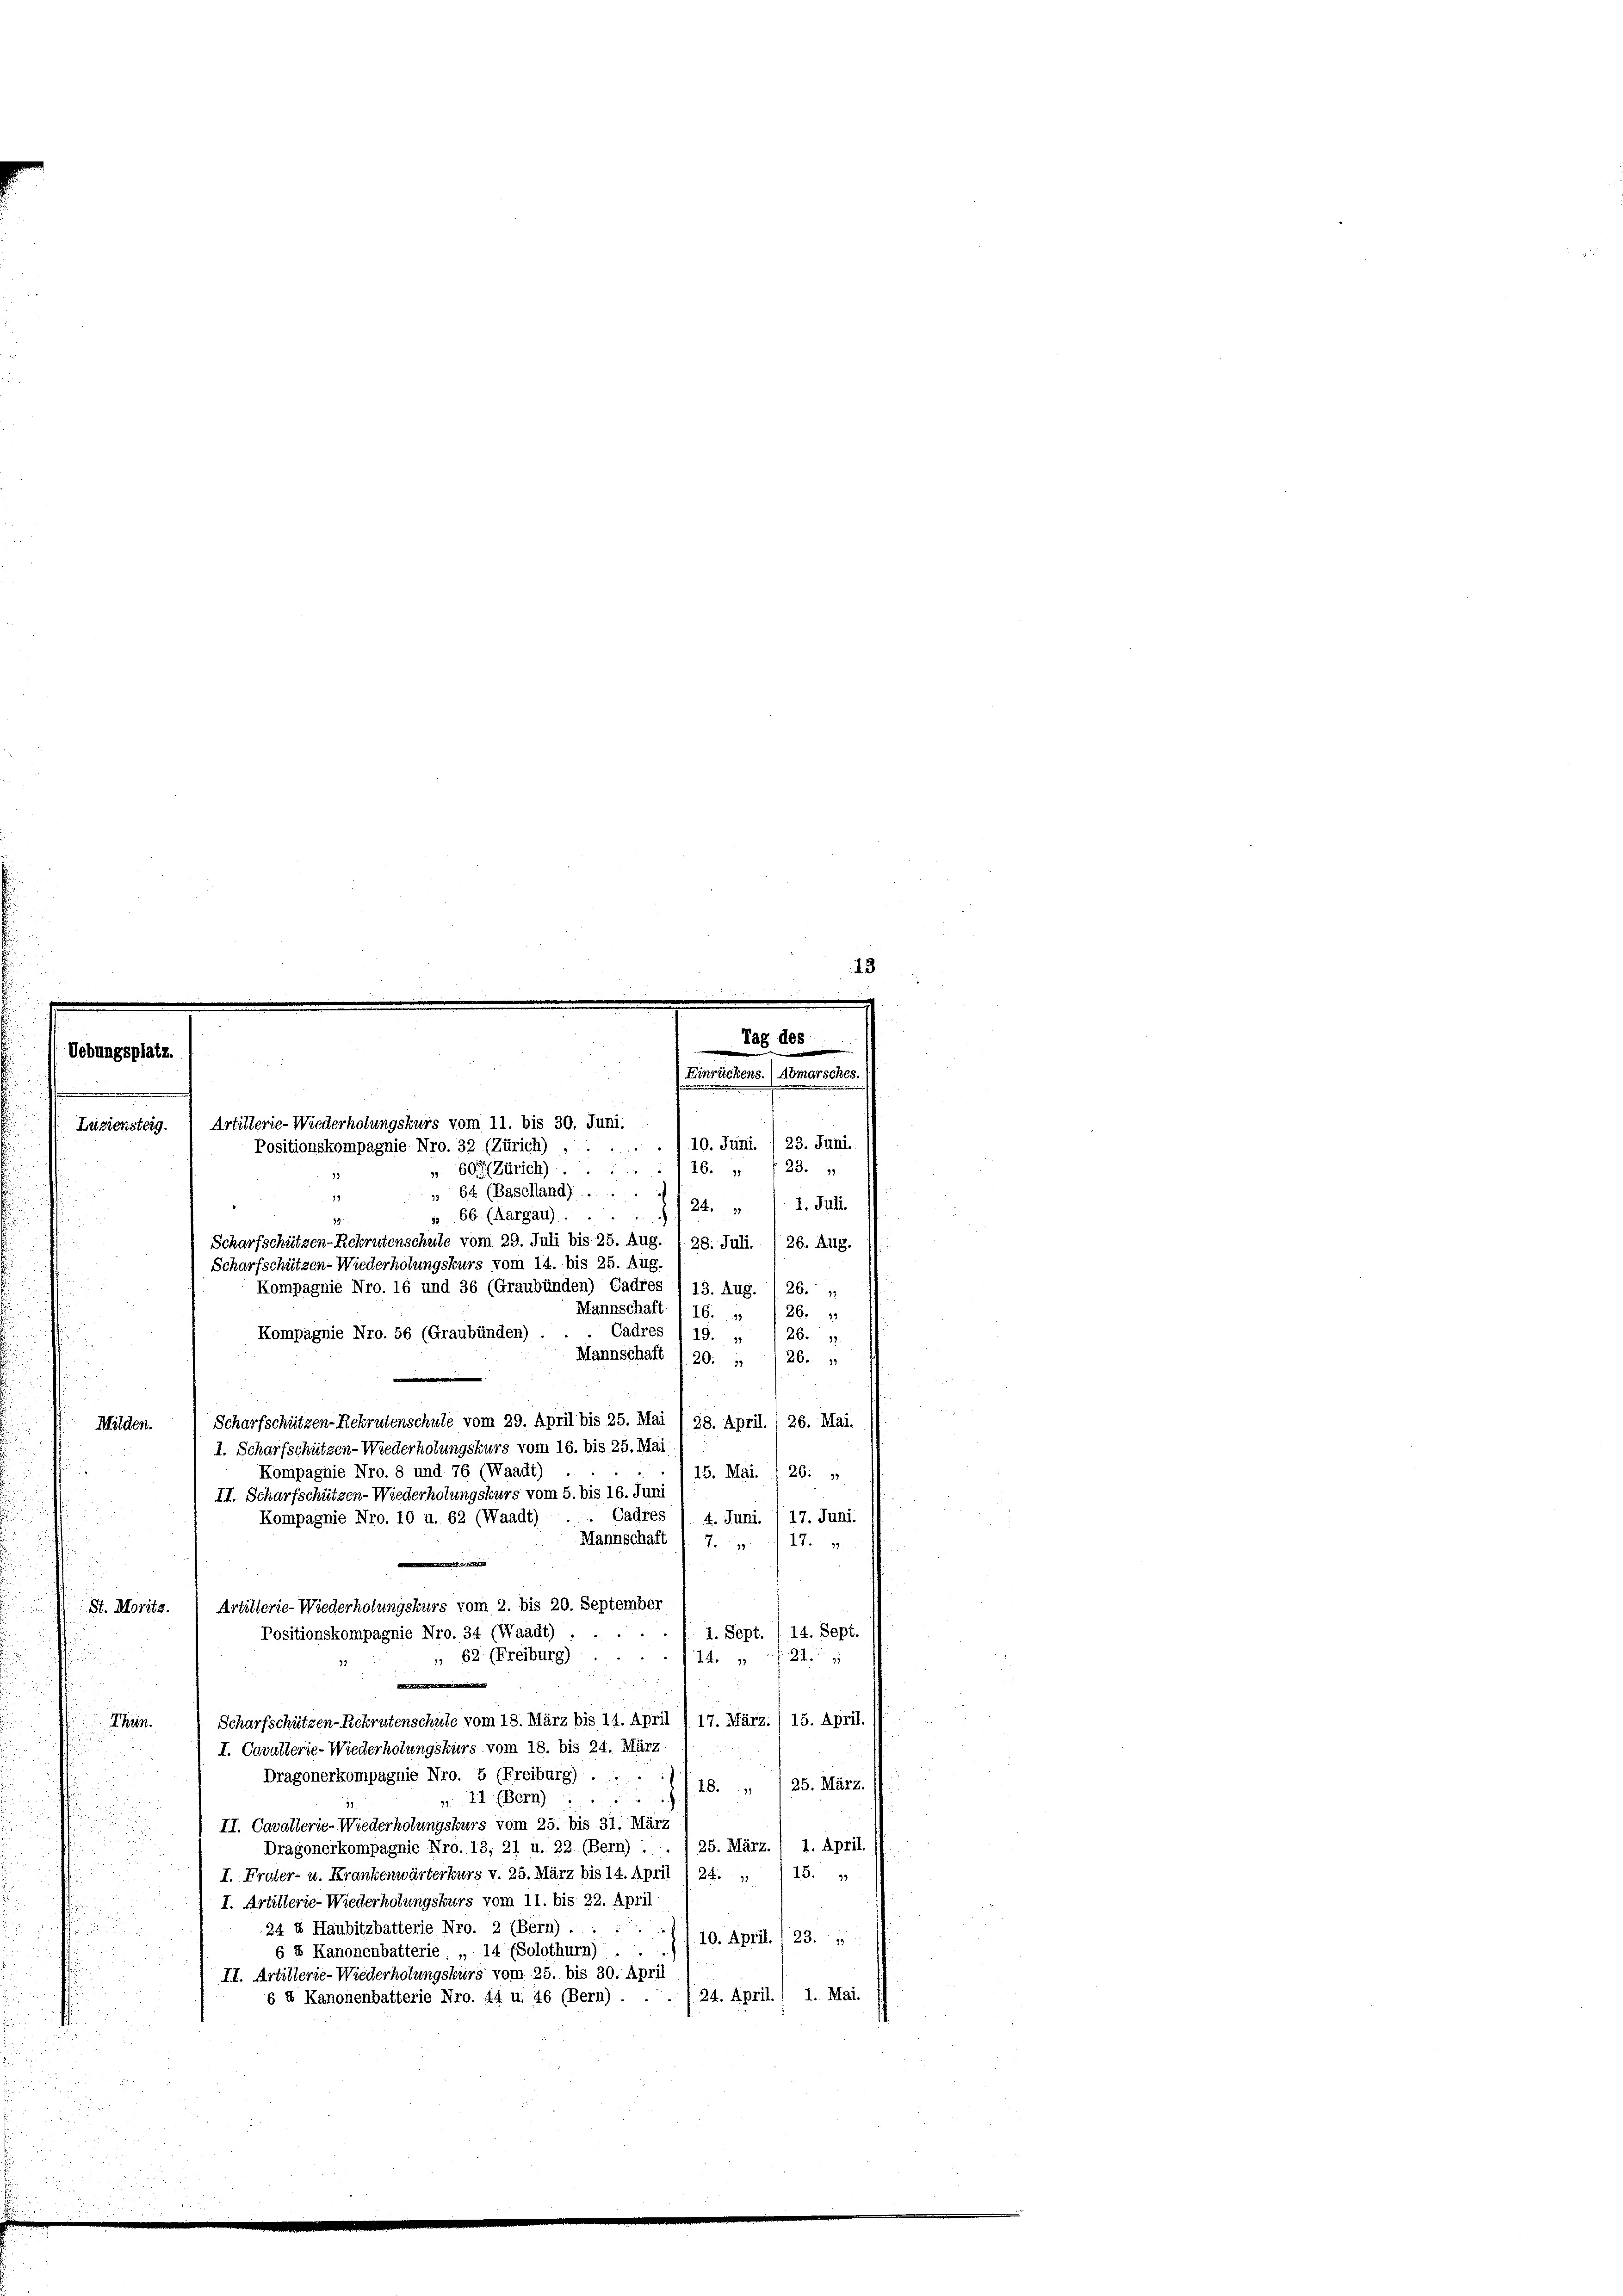
Milden.

Uebungsplatz.

.

10. Juni. /23. Juni.
(24. „  1. Juli.
Kompagnie Nro. 56 (Graubünden).
Cadres I 19. „ / 26. 1
Mannschaft I 20: „ / 26. „
Scharfschützen-Rekrutenschule vom 29. April bis 25. Mai ) 28. April. ) 26. Mai.
I. Scharfschützen-Wiederholungskurs vom 16. bis 25. Mai
Kompagnie Nro. 8 und 76 (Waadt)
15. Mai. 1 26. „
II. Scharfschützen-Wiederholungskurs vom 5. bis 16. Juni
Cadres
4. Juni. 17. Juni.
Kompagnie Nro. 10 u. 62 (Waadt)
Mannschaft
17.
74

Artillerie-Wiederholungskurs vom 2. bis 20. September
St. Moritz.
14. Sept.
Positionskompagnie Nro. 34 (Waadt) ....
1. Sept.
 62 (Freiburg) ...
24
14. 1
Scharfschützen-Rekrutenschule vom 18. März bis 14. April 1 17. März.) 15. April.
Then.
I. Cavallerie-Wiederholungskurs vom 18. bis 24. März
.
Dragonerkompagnie Nro. 5 (Freiburg) . . . 1 f 18. „ /25. März.

: 41 (Bern):
II. Cavallerie-Wiederholungskurs vom 25. bis 31. März

1. April.
25. März.
Dragonerkompagnic Nro. 13; 21 u. 22. (Bern):
18.
I. Frater- u. Krankenwärterkurs v. 25. März bis 14. April (24. 1
I. Artillerie-Wiederholungskurs vom 11. bis 22. April
24 4 Haubitzbatterie Nro. 2 (Bern) . . ..
10. April. 1 23. „
5
6 & Kanonenbatterie „ 14 (Solothurn) ...
II. Artillerie-Wiederholungskurs vom 25. bis 30. April
6 & Kanonenbatterie Nro. 44 u. 46 (Bern) . . . 24. April. / 1. Mai.
u

Einrückens.) A
Luziensteig. Artillerie-Wiederholungskurs vom 11. bis 30. Juni.
Positionskompagnie Nro. 32 (Zürich) ,

». 697 (Zürich) 116. „ /23. „
 64 (Baselland) . .
 66 (Aargau).
Scharfschützen-Rekrutenschule vom 29. Juli bis 25. Aug. 128. Juli. ) 26. Aug.
Scharfschützen-Wiederholungskurs vom 14. bis 25. Aug.
Kompagnie Nro. 16 und 36 (Graubünden) Cadres / 13. Aug. I 26.
Mannschaft I 16. „ /26. „

Tag